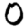
Digit: 0